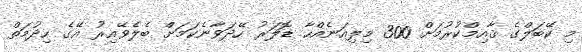
މި ކޭބަލްގެ ޤާއިމްކުރުމަށް 300 މިލިއަނެއްހާ ޑޮލަރު ހޭދަވާނެކަމަށް ބެލެވޭއިރު އޭގެ ހިދުމަތް